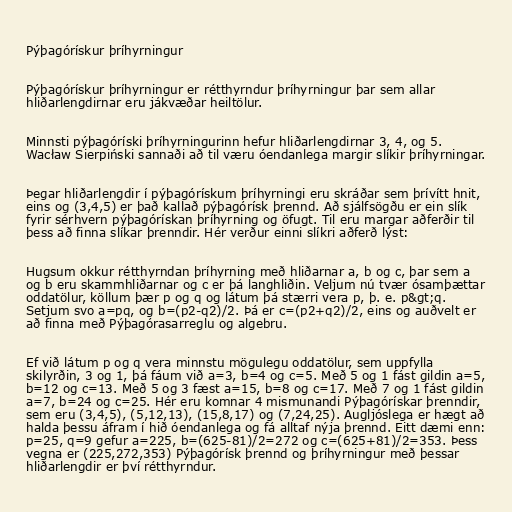
Pýþagórískur þríhyrningur

Pýþagórískur þríhyrningur er rétthyrndur þríhyrningur þar sem allar
hliðarlengdirnar eru jákvæðar heiltölur.

Minnsti pýþagóríski þríhyrningurinn hefur hliðarlengdirnar 3, 4, og 5.
Wacław Sierpiński sannaði að til væru óendanlega margir slíkir þríhyrningar.

Þegar hliðarlengdir í pýþagórískum þríhyrningi eru skráðar sem þrívítt hnit,
eins og (3,4,5) er það kallað pýþagórísk þrennd. Að sjálfsögðu er ein slík
fyrir sérhvern pýþagórískan þríhyrning og öfugt. Til eru margar aðferðir til
þess að finna slíkar þrenndir. Hér verður einni slíkri aðferð lýst:

Hugsum okkur rétthyrndan þríhyrning með hliðarnar a, b og c, þar sem a
og b eru skammhliðarnar og c er þá langhliðin. Veljum nú tvær ósamþættar
oddatölur, köllum þær p og q og látum þá stærri vera p, þ. e. p&gt;q.
Setjum svo a=pq, og b=(p2-q2)/2. Þá er c=(p2+q2)/2, eins og auðvelt er
að finna með Pýþagórasarreglu og algebru.

Ef við látum p og q vera minnstu mögulegu oddatölur, sem uppfylla
skilyrðin, 3 og 1, þá fáum við a=3, b=4 og c=5. Með 5 og 1 fást gildin a=5,
b=12 og c=13. Með 5 og 3 fæst a=15, b=8 og c=17. Með 7 og 1 fást gildin
a=7, b=24 og c=25. Hér eru komnar 4 mismunandi Pýþagórískar þrenndir,
sem eru (3,4,5), (5,12,13), (15,8,17) og (7,24,25). Augljóslega er hægt að
halda þessu áfram í hið óendanlega og fá alltaf nýja þrennd. Eitt dæmi enn:
p=25, q=9 gefur a=225, b=(625-81)/2=272 og c=(625+81)/2=353. Þess
vegna er (225,272,353) Pýþagórísk þrennd og þríhyrningur með þessar
hliðarlengdir er því rétthyrndur.